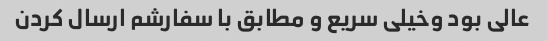
عالی بود وخیلی سریع و مطابق با سفارشم ارسال کردن